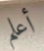
أعلم